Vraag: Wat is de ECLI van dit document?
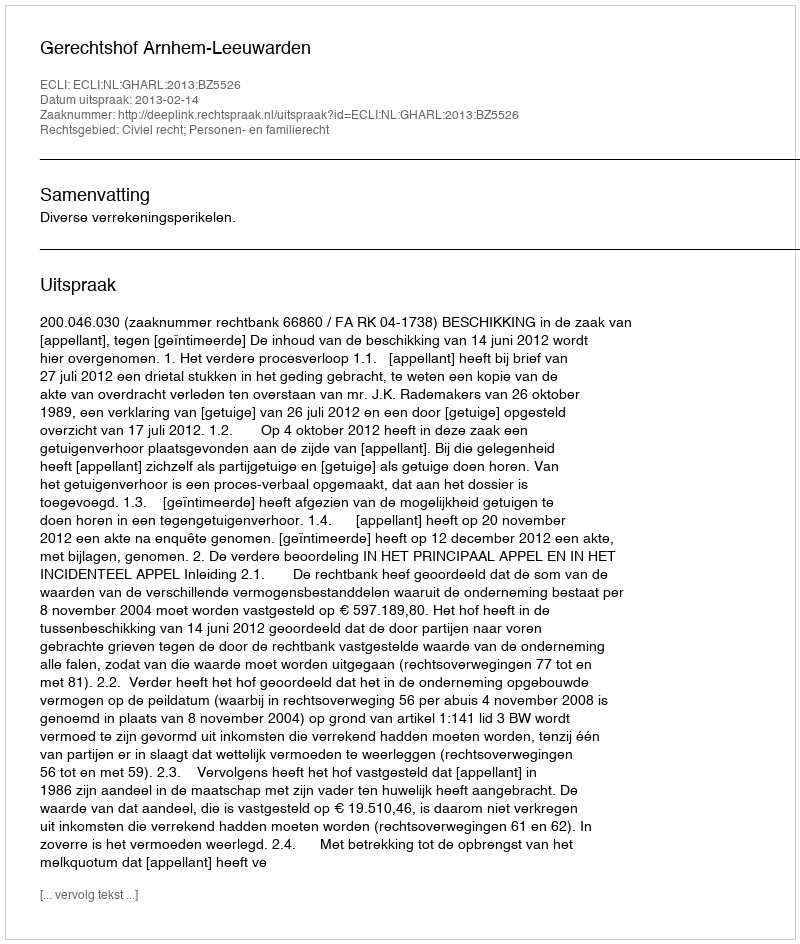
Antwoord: ECLI:NL:GHARL:2013:BZ5526